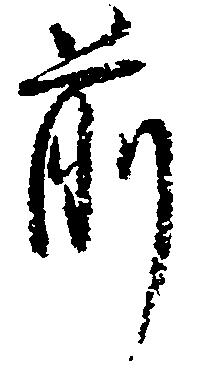
前